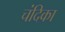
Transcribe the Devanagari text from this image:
चंदिका